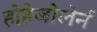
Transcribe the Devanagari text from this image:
होहेजोलेर्न